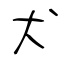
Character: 犬